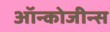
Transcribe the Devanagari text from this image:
ऑन्कोजीन्स